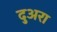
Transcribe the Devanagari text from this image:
दुअरा